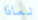
لماذا